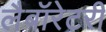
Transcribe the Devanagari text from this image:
लैबॉरेटरी